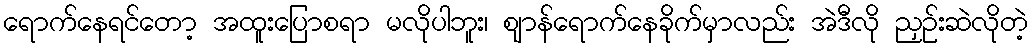
ရောက်နေရင်တော့ အထူးပြောစရာ မလိုပါဘူး၊ ဈာန်ရောက်နေခိုက်မှာလည်း အဲဒီလို ညှဉ်းဆဲလိုတဲ့